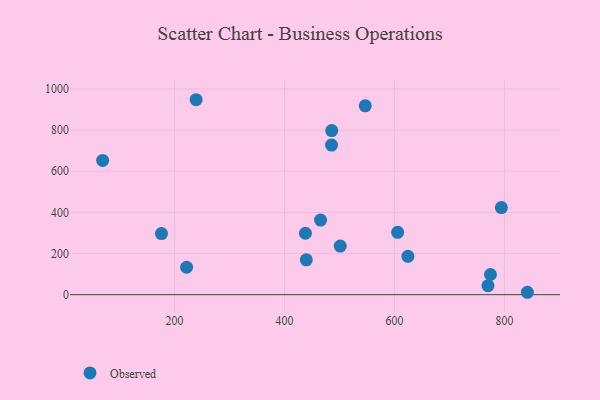
{"axis": {"x": "Ad Spend", "y": "Sales"}, "legend": ["Observed"], "data": [{"x": "239.3", "y": 947.7, "type": "Observed"}, {"x": "176.3", "y": 297.2, "type": "Observed"}, {"x": "770.1", "y": 43.6, "type": "Observed"}, {"x": "605.8", "y": 303.0, "type": "Observed"}, {"x": "841.7", "y": 11.6, "type": "Observed"}, {"x": "69.3", "y": 652.6, "type": "Observed"}, {"x": "501.4", "y": 236.2, "type": "Observed"}, {"x": "624.5", "y": 186.2, "type": "Observed"}, {"x": "774.6", "y": 98.0, "type": "Observed"}, {"x": "794.4", "y": 423.4, "type": "Observed"}, {"x": "438.1", "y": 298.5, "type": "Observed"}, {"x": "465.6", "y": 362.6, "type": "Observed"}, {"x": "546.9", "y": 918.2, "type": "Observed"}, {"x": "222.0", "y": 133.3, "type": "Observed"}, {"x": "439.7", "y": 169.2, "type": "Observed"}, {"x": "485.6", "y": 727.2, "type": "Observed"}, {"x": "485.9", "y": 797.5, "type": "Observed"}]}